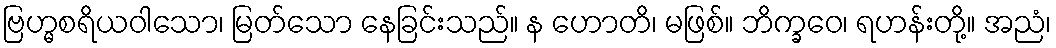
ဗြဟ္မစရိယဝါသော၊ မြတ်သော နေခြင်းသည်။ န ဟောတိ၊ မဖြစ်။ ဘိက္ခဝေ၊ ရဟန်းတို့။ အညံ၊